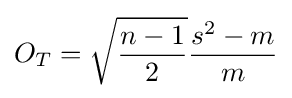
O_{T}={\sqrt {\frac {n-1}{2}}}{\frac {s^{2}-m}{m}}